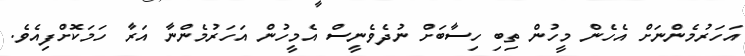
އަހަރުމެންނަށް އެހެން މީހުން ތިބި ހިސާބަށް ނުދެވެނީސް އެމީހުން އަހަރުމެންނާ އަރާ ހަމަކޮށްފިއެވެ.